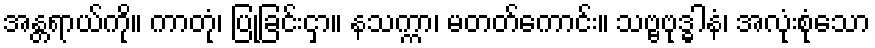
အန္တရာယ်ကို။ ကာတုံ၊ ပြုခြင်းငှာ။ နသက္ကာ၊ မတတ်ကောင်း။ သဗ္ဗဗုဒ္ဓါနံ၊ အလုံးစုံသော